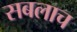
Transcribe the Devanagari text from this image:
सबलाच